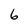
Character: 6